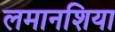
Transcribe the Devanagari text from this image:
लमानशिया